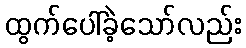
ထွက်ပေါ်ခဲ့သော်လည်း